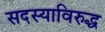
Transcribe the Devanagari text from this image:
सदस्याविरुद्ध